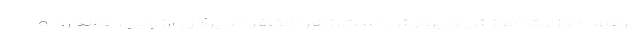
برعهده وزارت آموزش و پرورش است. زهرا مظفر مدیرکل ارزیابی، عملکرد و